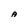
Character: A